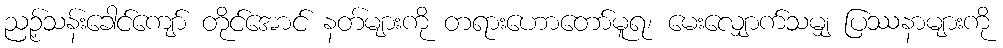
ညဉ့်သန်းခေါင်ကျော် တိုင်အောင် နတ်များကို တရားဟောတော်မူရ၊ မေးလျှောက်သမျှ ပြဿနာများကို